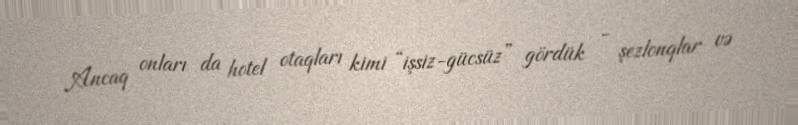
Ancaq onları da hotel otaqları kimi “işsiz-gücsüz” gördük - şezlonqlar və